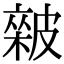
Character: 𥀏